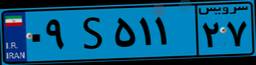
۰۹S۵۱۱۲۷